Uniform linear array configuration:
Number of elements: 4
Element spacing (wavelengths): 1
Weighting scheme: hamming
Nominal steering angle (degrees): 30
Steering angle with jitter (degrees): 31.515
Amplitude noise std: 0.05
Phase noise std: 0.05

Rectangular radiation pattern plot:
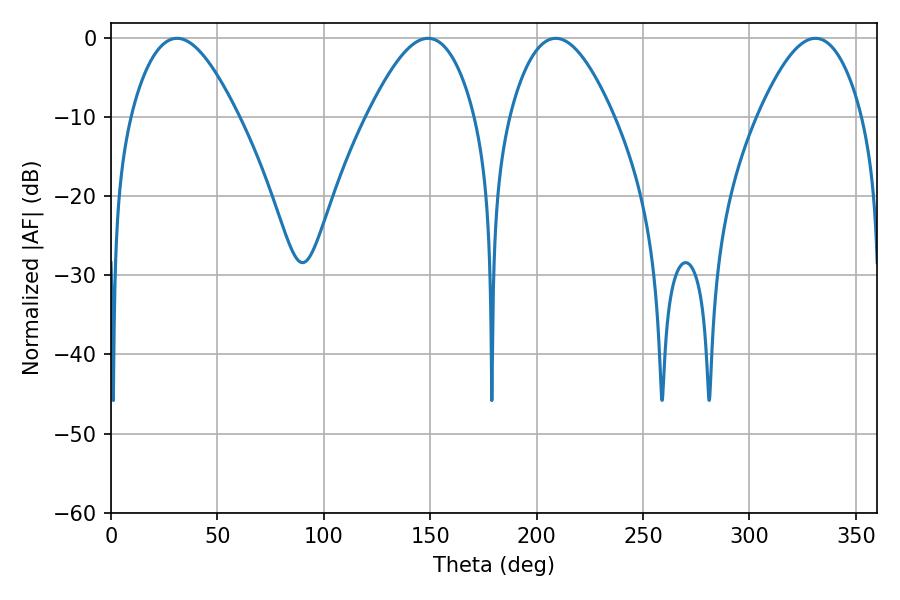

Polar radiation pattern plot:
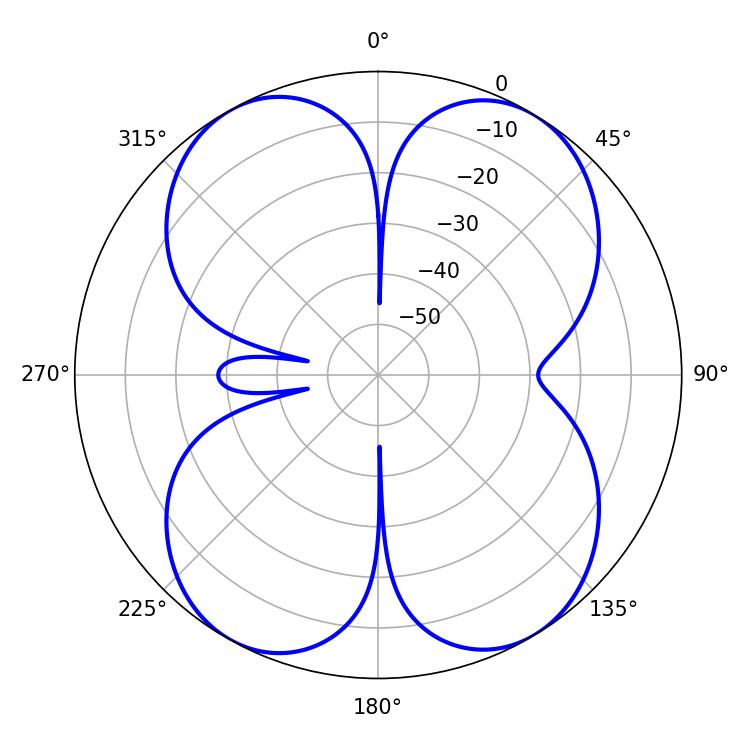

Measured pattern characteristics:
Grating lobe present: TRUE
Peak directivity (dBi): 15.653
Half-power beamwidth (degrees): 26.64
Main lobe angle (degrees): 208.98